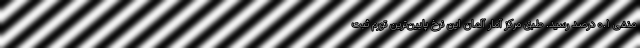
منفی ۰.۱ درصد رسید. طبق مرکز آمار آلمان این نرخ پایین‌ترین تورم ثبت